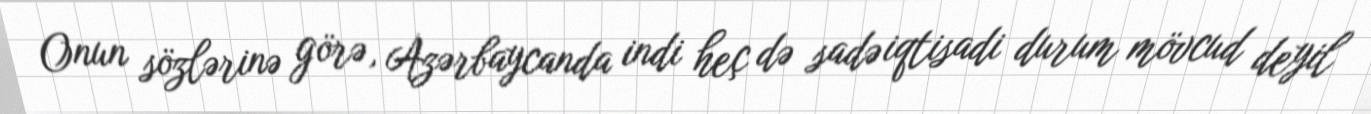
Onun sözlərinə görə, Azərbaycanda indi heç də sadə iqtisadi durum mövcud deyil